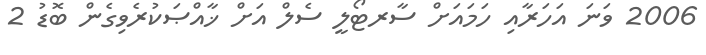
2006 ވަނަ އަހަރާއި ހަމައަށް ސާރޓޯލީ ސެލް އަށް ޚާއްޞަކުރެވިގެން ބޮޑު 2